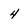
Character: 4